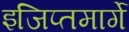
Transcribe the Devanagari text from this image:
इजिप्तमार्गे